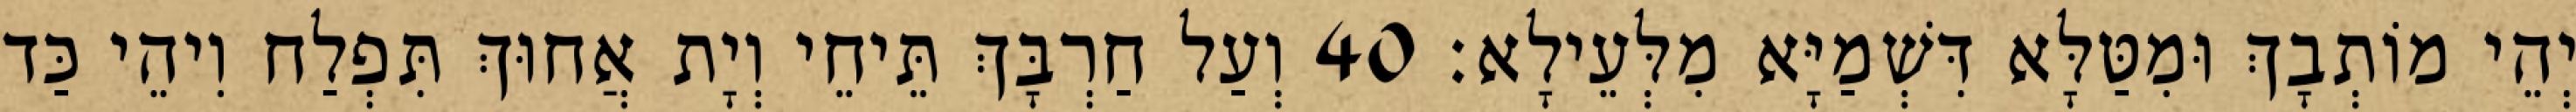
יְהֵי מוֹתְבָךְ וּמִטַּלָּא דִּשְׁמַיָּא מִלְּעֵילָא׃ 40 וְעַל חַרְבָּךְ תֵּיחֵי וְיָת אֲחוּךְ תִּפְלַח וִיהֵי כַּד